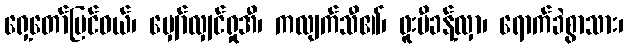
ရှေ့တော်ပြင်ဝယ်၊ မျှော်လျှင်ရှုအီ၊ ကလျက်သီ၏၊ ဖူးမီခန့်လှာ၊ ရောက်ခဲစွာသား၊